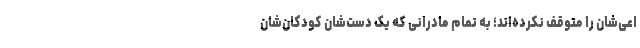
اعی‌شان را متوقف نکرده‌اند؛ به تمام مادرانی که یک دست‌شان کودکان‌شان